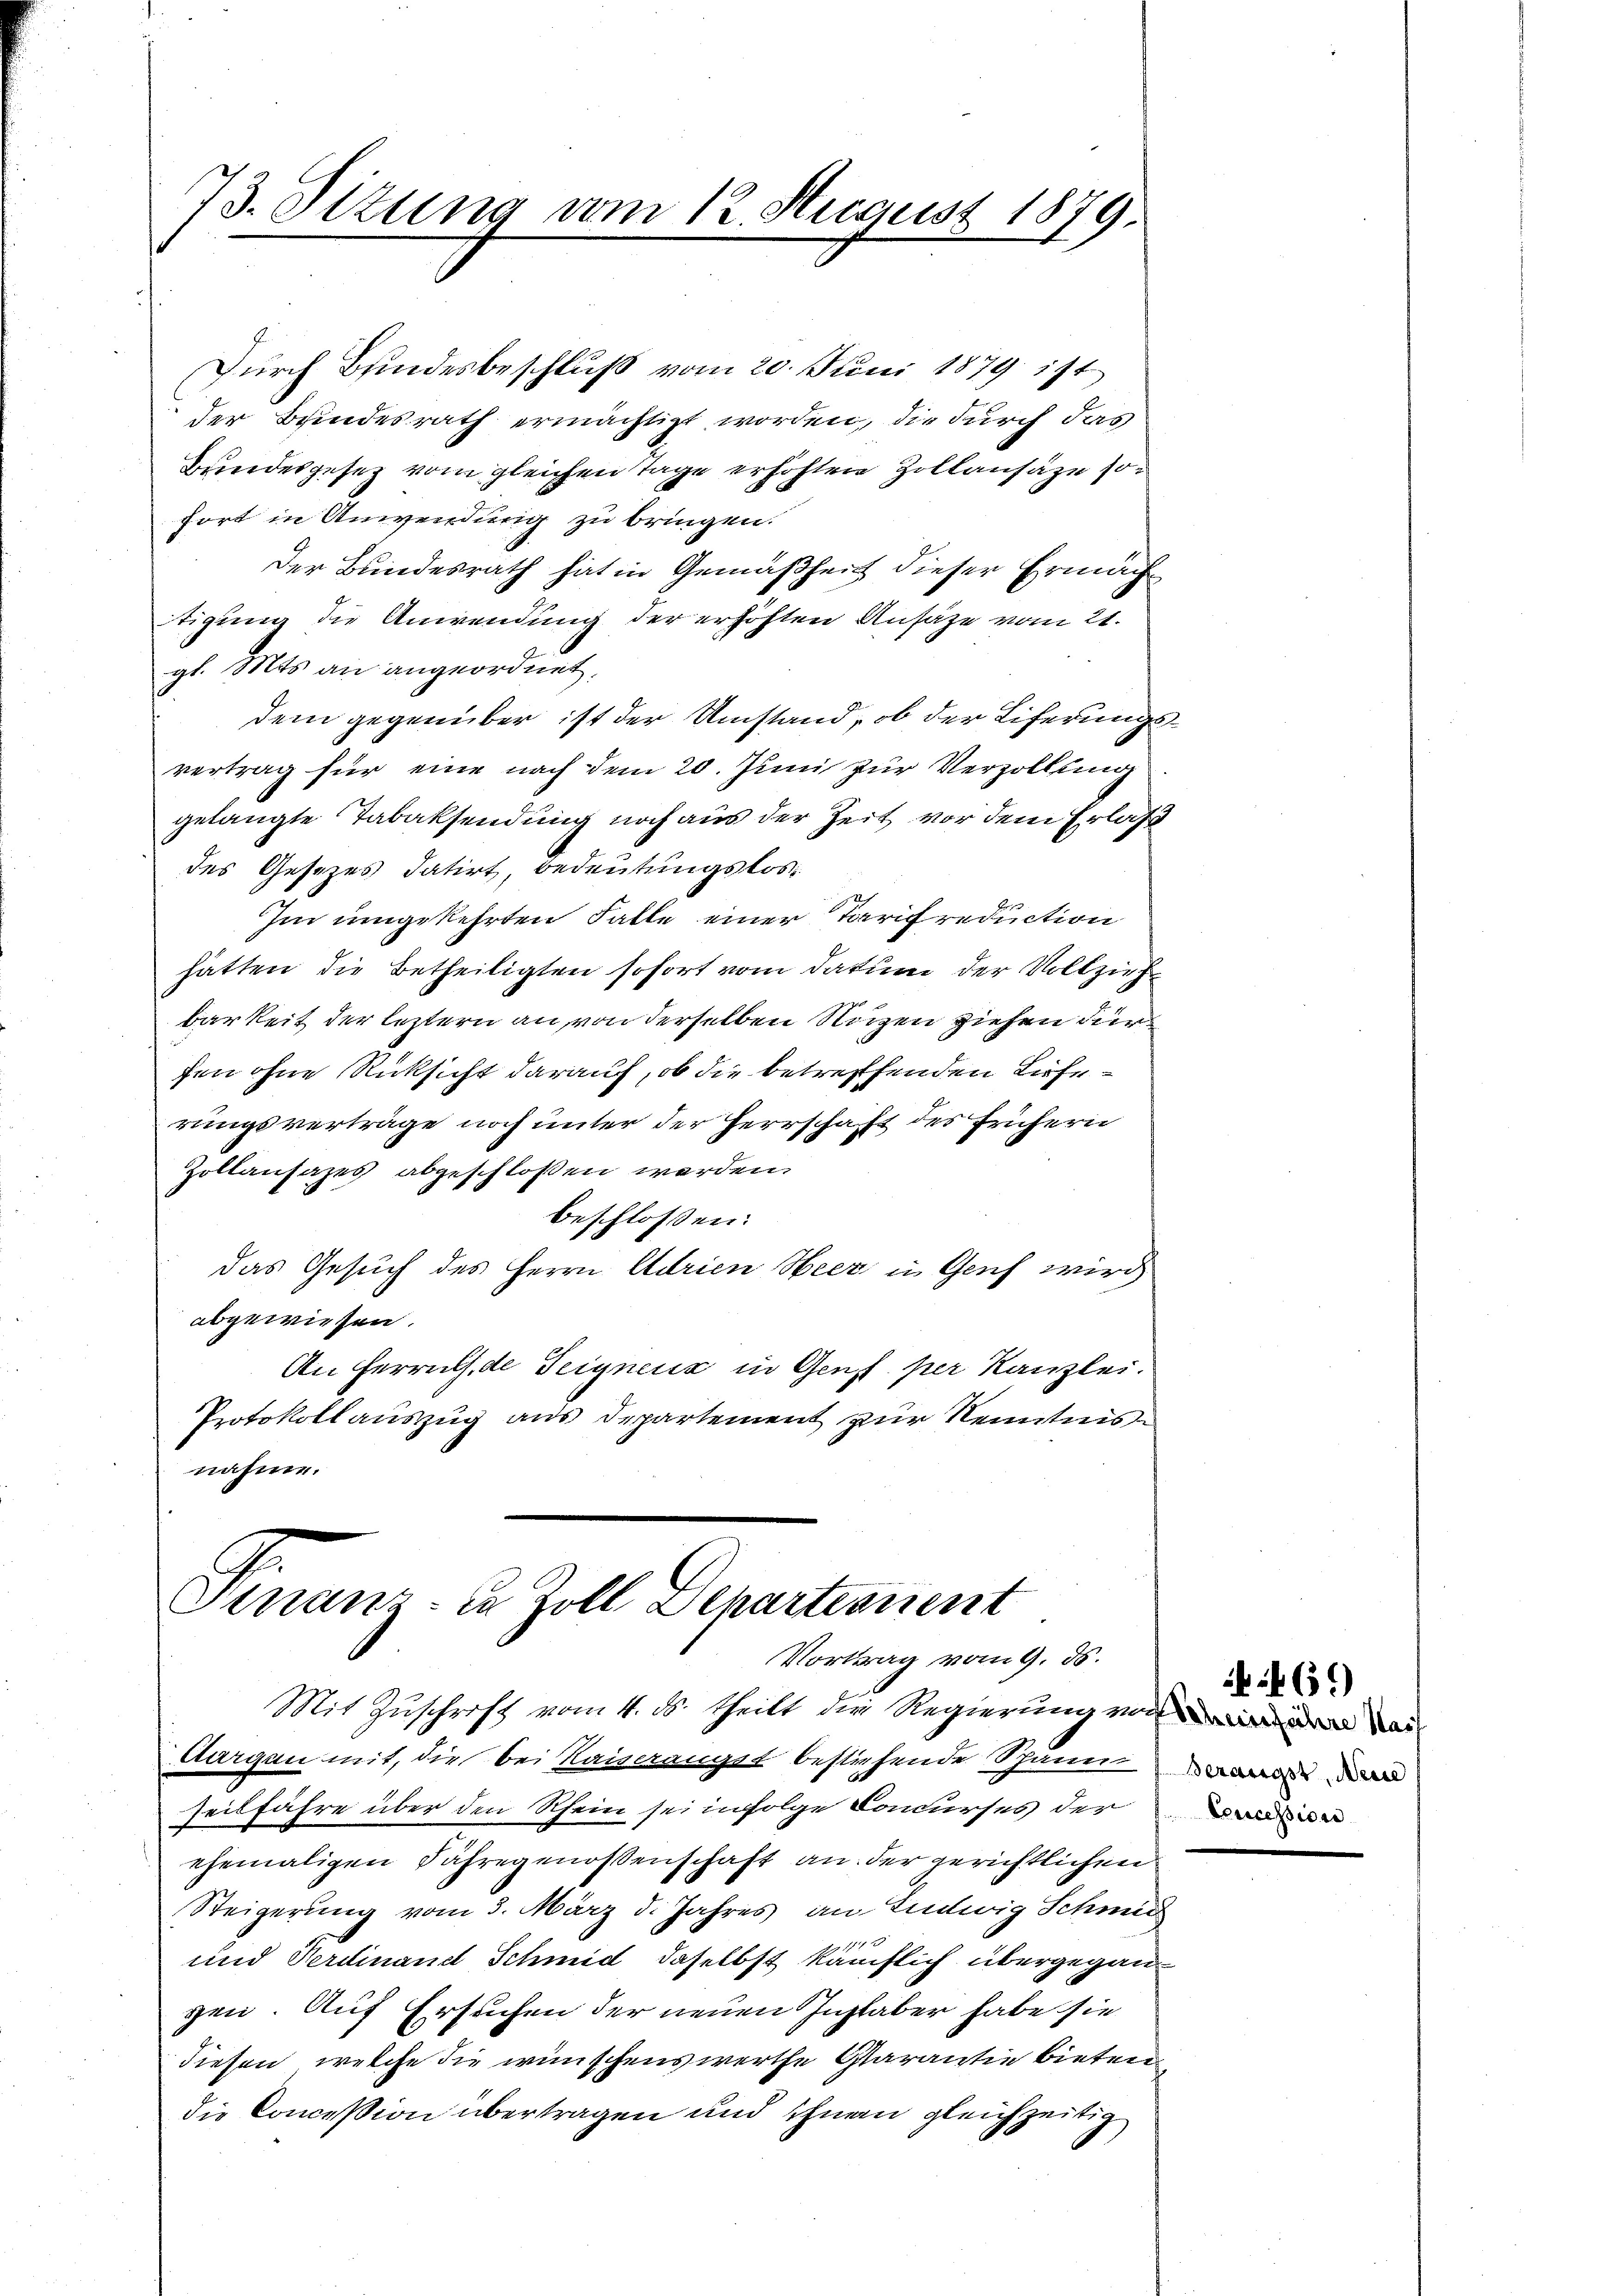
73. Sizung vom 12. August 1879.

Durch Bundesbeschluß vom 20. Juni 1879 ist
der Bundesrath ermächtigt worden, die durch das
Bundesgesez vom gleichen Tage erhöhten Zollansäze so
fort in Anwendung zu bringen.
Der Bundesrath hat in Gemäßheit dieser Ermächtigung die Anwendung der erhöhten Ansätze vom 21.
gl. Mts. an angeordnet.
dem gegenüber ist der Umstand, ob der Eiferungsvertrag für eine nach dem 20. Juni zur Verzöllung
gelangte Tabaksendung noch aus der Zeit vor dem Erlaß
des Gesetzes datirt, Bedeutungslos.
Im umgekehrten Falle einer Tarifreduction
hätten die Betheiligten sofort vom Datum der Vollzieh
barkeit der leztern an, von derselben Nuzen ziehen dur
fen ohne Rücksicht darauf, ob die betreffenden Lieferungsverträge noch unter der Herrschaft des frühern
Zollansazes abgeschlossen werden.
beschlossen:
das Gesuch des Herrn Adrien Heer in Genf wird
abgewiesen.
An Herrnth. de Teignenz in Gens per Kanzlei.
Protokollauszug aus Departement zur Kenntnisnahme.

Finanz- in Zoll Departement
Vortrag vom 9. ds.

Mit Zuschrift vom 4. ds. theilt die Regierung von der
Aargau mit, die bei Kaiseranges bestehende Schann de
Teilfahre über den Rhein sei infolge Concurses der vor
ehemaligen Jahregenossenschaft an der gerichtlichen
Steigerung vom 3. März d. Jahres an Ludwig Schmid
und Ferdinand Schmid, daselbst käuflich übergegangen. Auf Ersuchen der neuen Instaber habe sie
diesen, welche die wünschenswerthe Garantie bieten
die Conceßion übertragen und ihnen gleichzeitig

:46.)